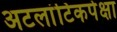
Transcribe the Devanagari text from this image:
अटलांटिकपेक्षा